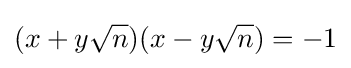
(x+y{\sqrt {n}})(x-y{\sqrt {n}})=-1